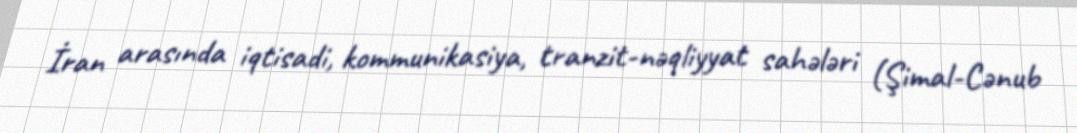
İran arasında iqtisadi, kommunikasiya, tranzit-nəqliyyat sahələri (Şimal-Cənub